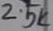
Text: 2.5K